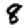
Digit: 8